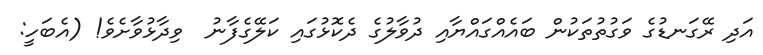
އަދި ރޭގަނޑުގެ ވަގުތުތަކުން ބައެއްގައްޔާއި ދުވާލުގެ ދެކޮޅުގައި ކަލޭގެފާނު  ވިދާޅުވާށެވެ! (އެބަހީ: